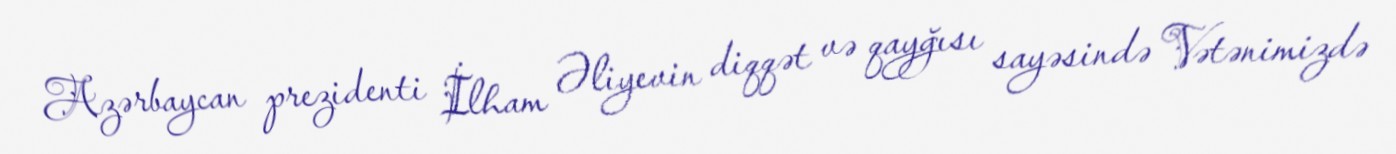
Azərbaycan prezidenti İlham Əliyevin diqqət və qayğısı sayəsində Vətənimizdə